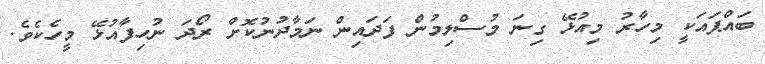
ބައްޕައަކީ މިހާރު މިއުޅޭ ގިނަ މުސްލިމުން ފަދައިން ނަމާދުނުކޮށް ރޯދަ ނުހިފާއުޅޭ މީހެކެވެ.